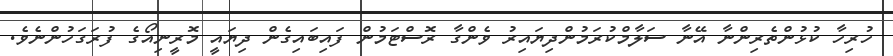
ހުރިހާ ކުޅުންތެރިންނާ އޭނާ ސަލާމްކުރަމުންދިޔައިރު ވެންގާ ރޮސްޓަމުން ފައިބައިގެން ދިޔައީ މޮރީނިއޯގެ ފުރަގަހުންނެވެ.